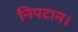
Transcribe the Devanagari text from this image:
निपटान।